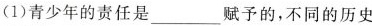
(1)青少年的责任是___赋予的，不同的历史